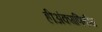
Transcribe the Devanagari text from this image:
हीअंकगणितीय